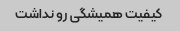
کیفیت همیشگی رو نداشت